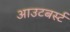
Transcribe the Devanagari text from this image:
आउटबर्स्ट